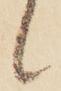
候